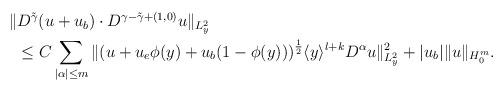
LaTeX: \begin{align*}\begin{aligned}\Vert &D^{\tilde{\gamma}}(u+u_b)\cdot D^{\gamma-\tilde{\gamma}+(1,0)}u \Vert_{L^2_y} \\&\leq C\sum_{|\alpha |\leq m}\Vert (u+u_e\phi(y)+u_b(1-\phi(y)))^{\frac{1}{2}}\langle y\rangle^{l+k}D^\alpha u\Vert_{L^2_y}^2+|u_b|\Vert u\Vert_{H^{m}_0}.\end{aligned}\end{align*}